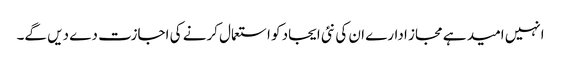
انہیں امید ہے مجاز ادارے ان کی نئی ایجاد کو استعمال کرنے کی اجازت دے دیں گے۔